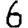
Digit: 6